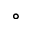
^ \circ